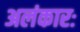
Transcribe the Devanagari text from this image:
अलंकारः